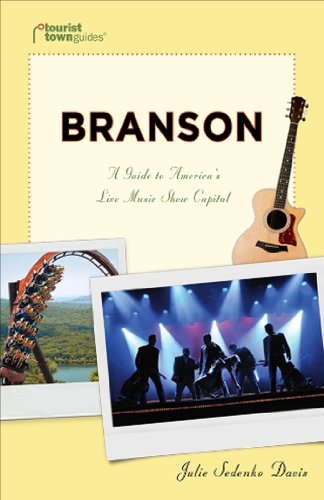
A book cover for Branson: A Guide to America's Live Music Show Capital (Tourist Town Guides); Julie Sedenko Davis; Travel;